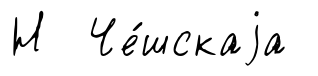
Н Че́шскаjа